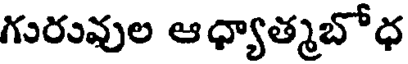
గురువుల ఆధ్యాత్మబోధ